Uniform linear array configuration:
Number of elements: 64
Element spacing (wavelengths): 1
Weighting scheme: binomial
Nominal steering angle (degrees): -30
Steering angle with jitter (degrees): -29.808
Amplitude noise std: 0.05
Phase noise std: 0.05

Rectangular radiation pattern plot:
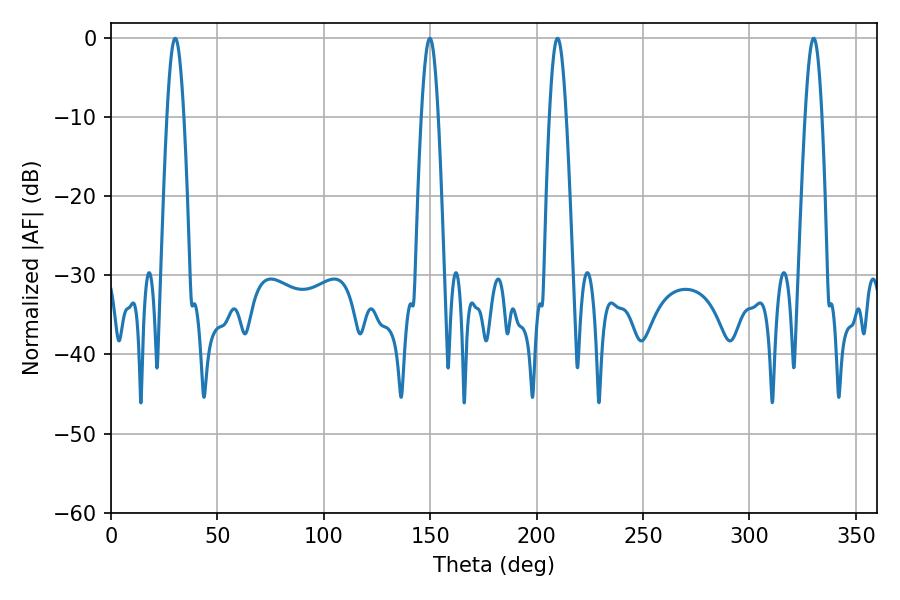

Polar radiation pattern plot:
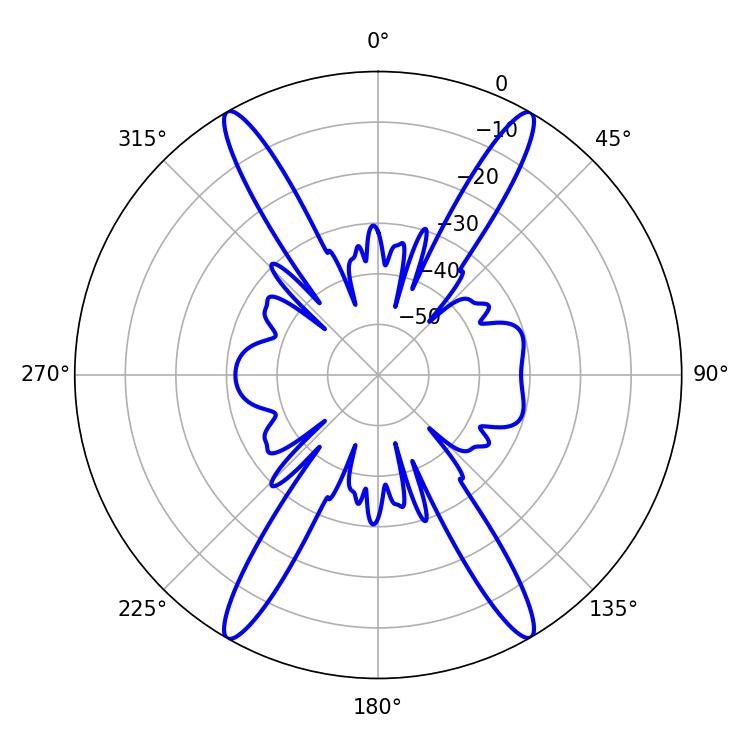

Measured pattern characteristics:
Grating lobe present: TRUE
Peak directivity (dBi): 31.985
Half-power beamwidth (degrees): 4.32
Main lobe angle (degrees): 330.12